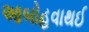
આબોહવાથઈ